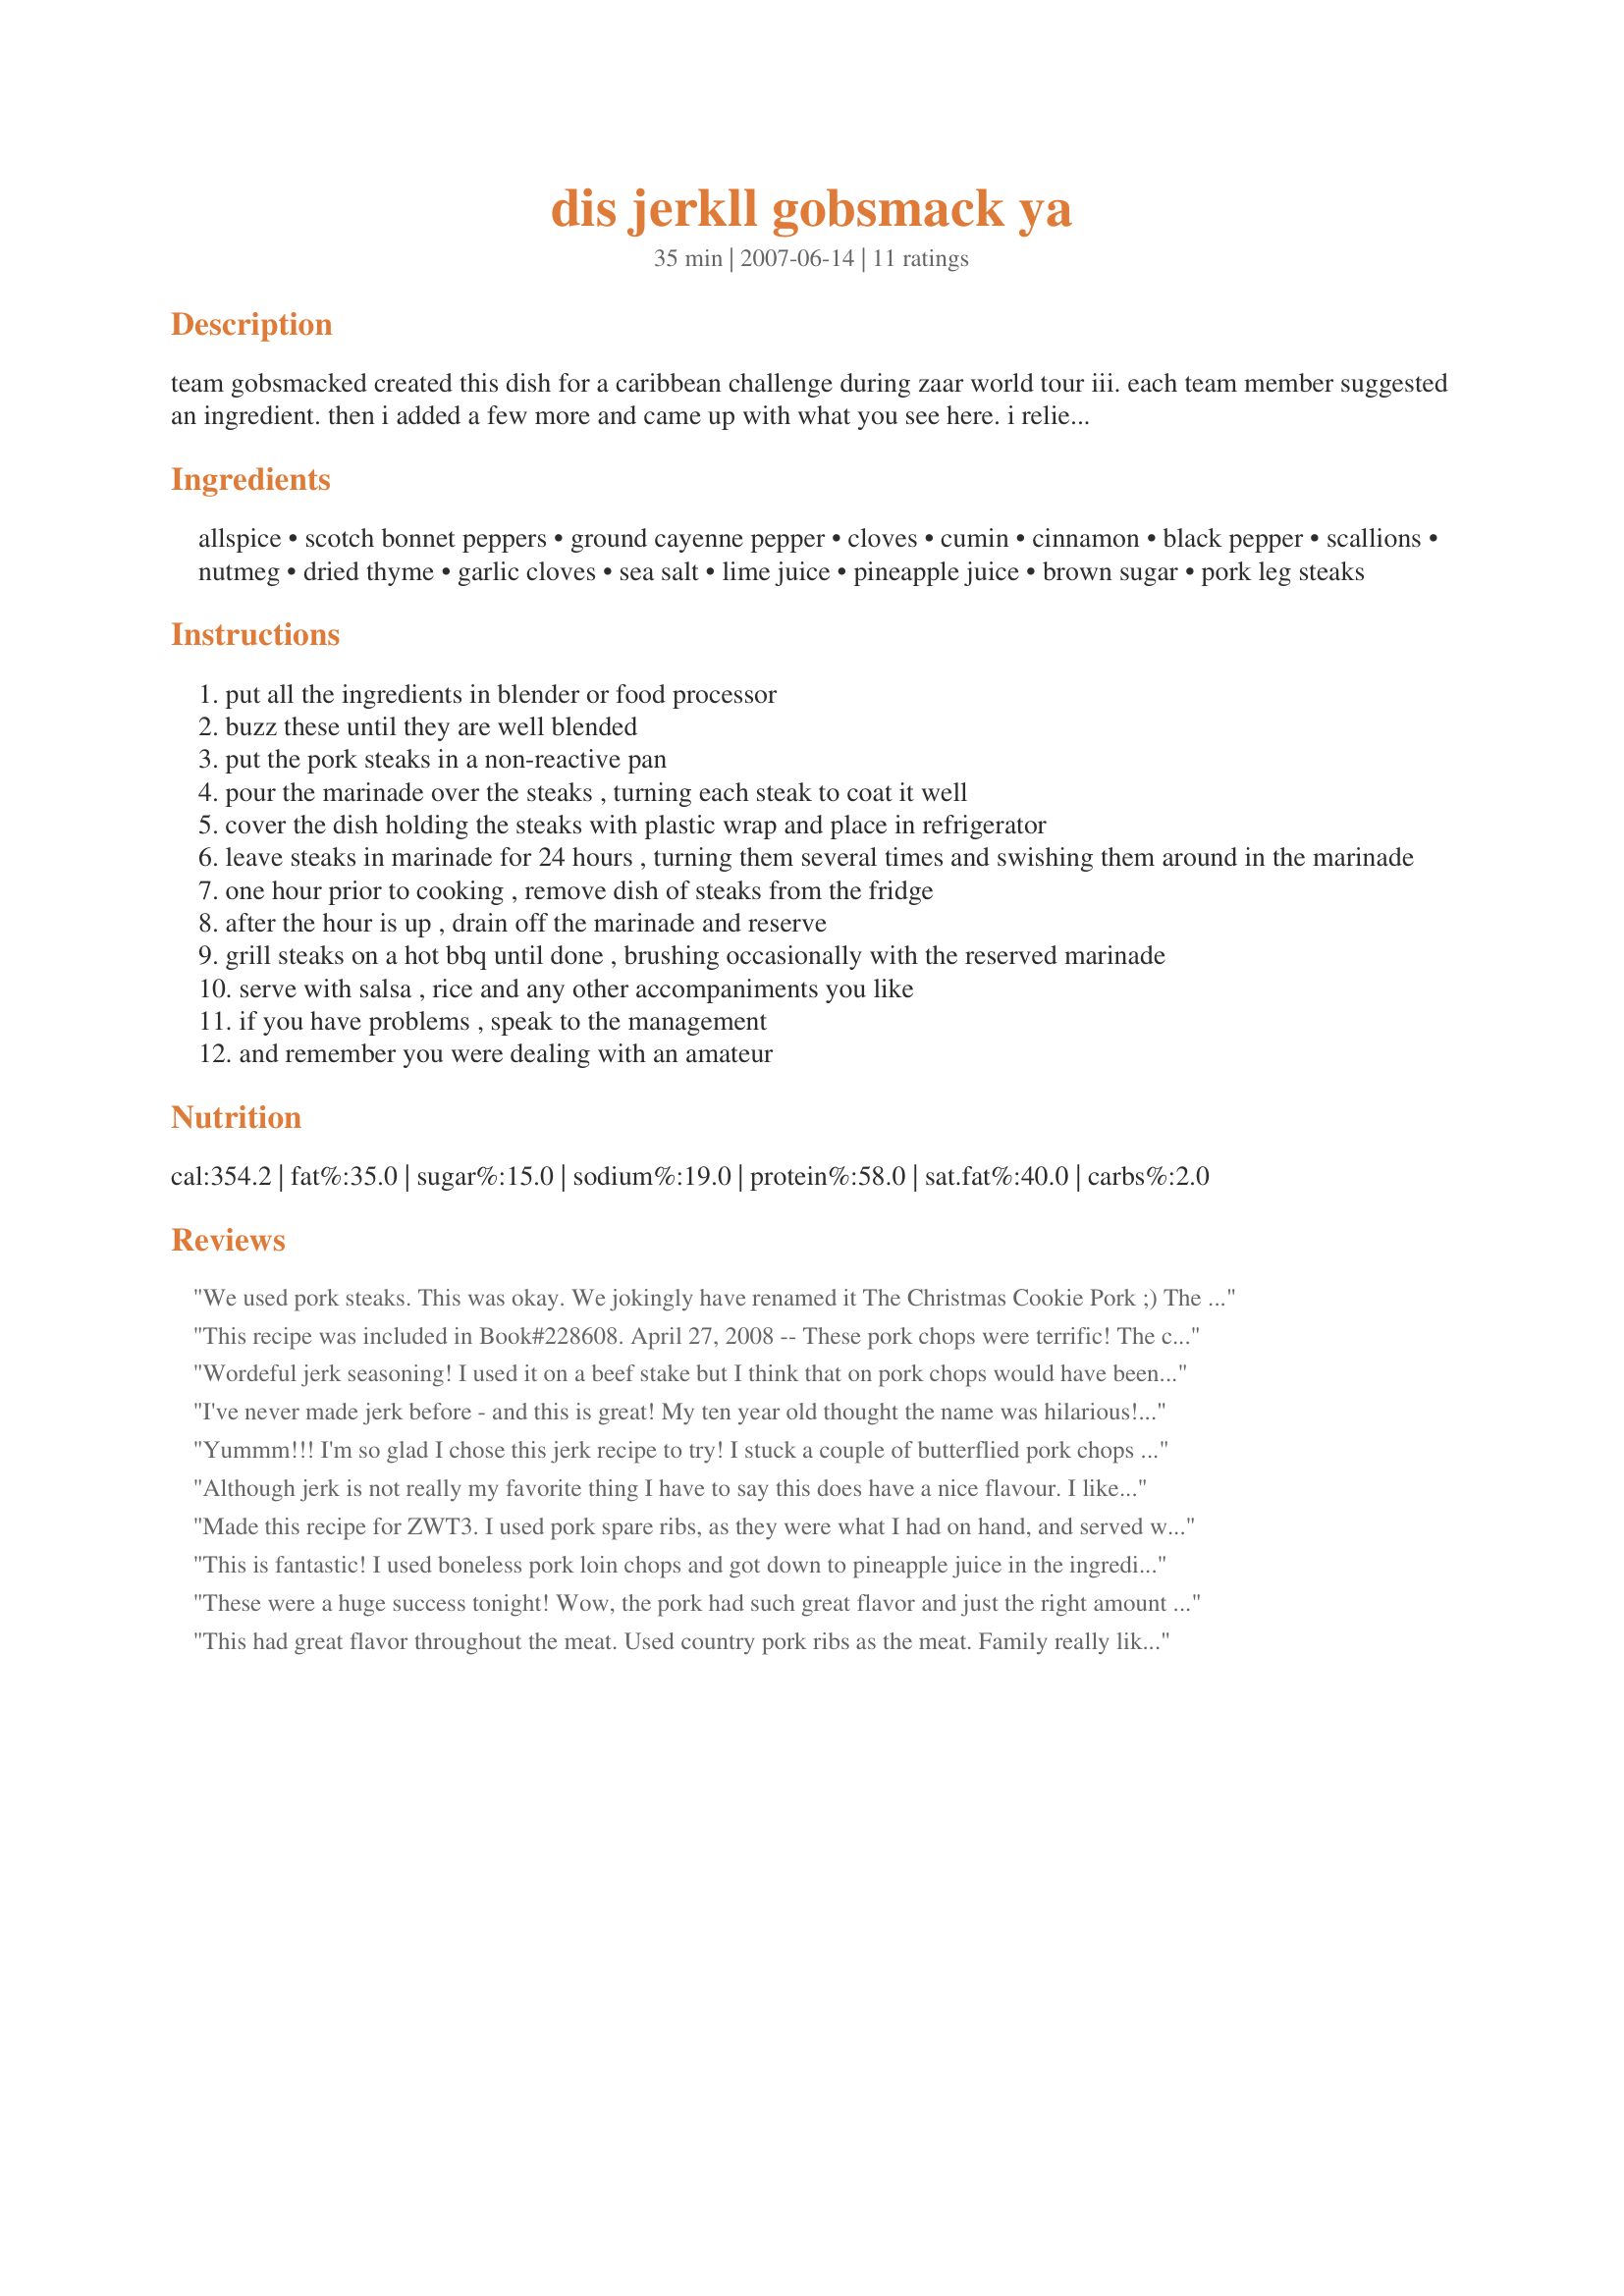
dis jerkll gobsmack ya
Preparation time: 35 minutes

team gobsmacked created this dish for a caribbean challenge during zaar world tour iii. each team member suggested an ingredient. then i added a few more and came up with what you see here. i relied on the fact that jerk seasoning typically includes allspice, scotch bonnet peppers, cloves, cinnamon, scallions, nutmeg, thyme and garlic—so all of these are here and more. i live in australia and have never eaten jerk, so my irreverent team figured i was the logical choice (target) to create this dish. i have no way of knowing how authentic or tasty this is. i plan on making it in a few days and seeing whether it works. if you make this, you can tell me whether it works for you, and suggest revisions. note: in strine (australian lingo), gobsmacked means surprised or stunned. you have been warned. time does not include overnight marinating.

Ingredients:
allspice, scotch bonnet peppers, ground cayenne pepper, cloves, cumin, cinnamon, black pepper, scallions, nutmeg, dried thyme, garlic cloves, sea salt, lime juice, pineapple juice, brown sugar, pork leg steaks

Steps:
put all the ingredients in blender or food processor
buzz these until they are well blended
put the pork steaks in a non-reactive pan
pour the marinade over the steaks , turning each steak to coat it well
cover the dish holding the steaks with plastic wrap and place in refrigerator
leave steaks in marinade for 24 hours , turning them several times and swishing them around in the marinade
one hour prior to cooking , remove dish of steaks from the fridge
after the hour is up , drain off the marinade and reserve
grill steaks on a hot bbq until done , brushing occasionally with the reserved marinade
serve with salsa , rice and any other accompaniments you like
if you have problems , speak to the management
and remember you were dealing with an amateur

Reviews:
We used pork steaks. This was okay. We jokingly have renamed it The Christmas Cookie Pork ;) The clove gives off a really strong smell, but it was pretty tasty! Would consider it for sure for Christmas on chicken or something just to try something different.
This recipe was included in Book#228608. April 27, 2008 -- These pork chops were terrific! The citrusy/sweet/spicy taste was really delicious. I marinated them for 2 days and we could taste the marinade all throughout the meat. We gobbled these up in record time, and I'll be making them again for a BBQ next weekend. (I used 4 scotch bonnet peppers, but we like our food really hot/spicy.) Thanks, Leggy Peggy, for another 5-star recipe!
Wordeful jerk seasoning! I used it on a beef stake but I think that on pork chops would have been ever better. I didn't change a thing, I let it marinate for 22 hours and used dried thyme instead of fresh. Very good recipe, a big thanks to the Godsmacked Team. Made it for ZWT3.
I've never made jerk before - and this is great! My ten year old thought the name was hilarious! This is such a nice marinade - I think I will try it with chicken too. Thanks for creating this recipe. ZWT 3
Yummm!!! I'm so glad I chose this jerk recipe to try! I stuck a couple of butterflied pork chops in a ziploc bag with the jerk sauce but didn't have a chance to cook it until a couple of days later. No problem - it still turned out wonderful, and the fruit flavor really came through nicely. Thanks Team Gobsmacked!
Although jerk is not really my favorite thing I have to say this does have a nice flavour. I like the allspice and lime especially. I wish that I had someone here that could give it a better review. I expect my children would really like it.
Made this recipe for ZWT3. I used pork spare ribs, as they were what I had on hand, and served with rice & stirfry vegies. We're gobsmacked jerk converts & I'm looking forward to leftovers for lunch today. Thanks Team Gobsmacked for this lovely, easy recipe.
This is fantastic! I used boneless pork loin chops and got down to pineapple juice in the ingredients list and realized that I didn't have it. I used orange juice. This will be a keeper. Great creation Team Gobsmacked!
These were a huge success tonight! Wow, the pork had such great flavor and just the right amount of spice. I put the pork in the marinade in the morning and grilled it, without basting, for our dinner. Delicious!
This had great flavor throughout the meat. Used country pork ribs as the meat. Family really liked it. Made for ZWTIII.
Good. I used on pork chops.
